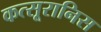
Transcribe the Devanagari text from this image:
कत्सूरानिस